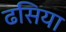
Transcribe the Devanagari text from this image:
ढसिया